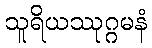
သူရိယဿုဂ္ဂမနံ